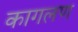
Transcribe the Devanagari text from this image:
कागलण